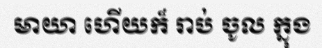
មាយា ហើយក៏ រាប់ ចូល ក្នុង